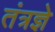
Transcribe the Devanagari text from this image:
तंत्रज्ञे